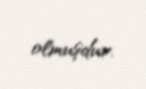
olmuşdur.